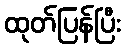
ထုတ်ပြန်ပြီး